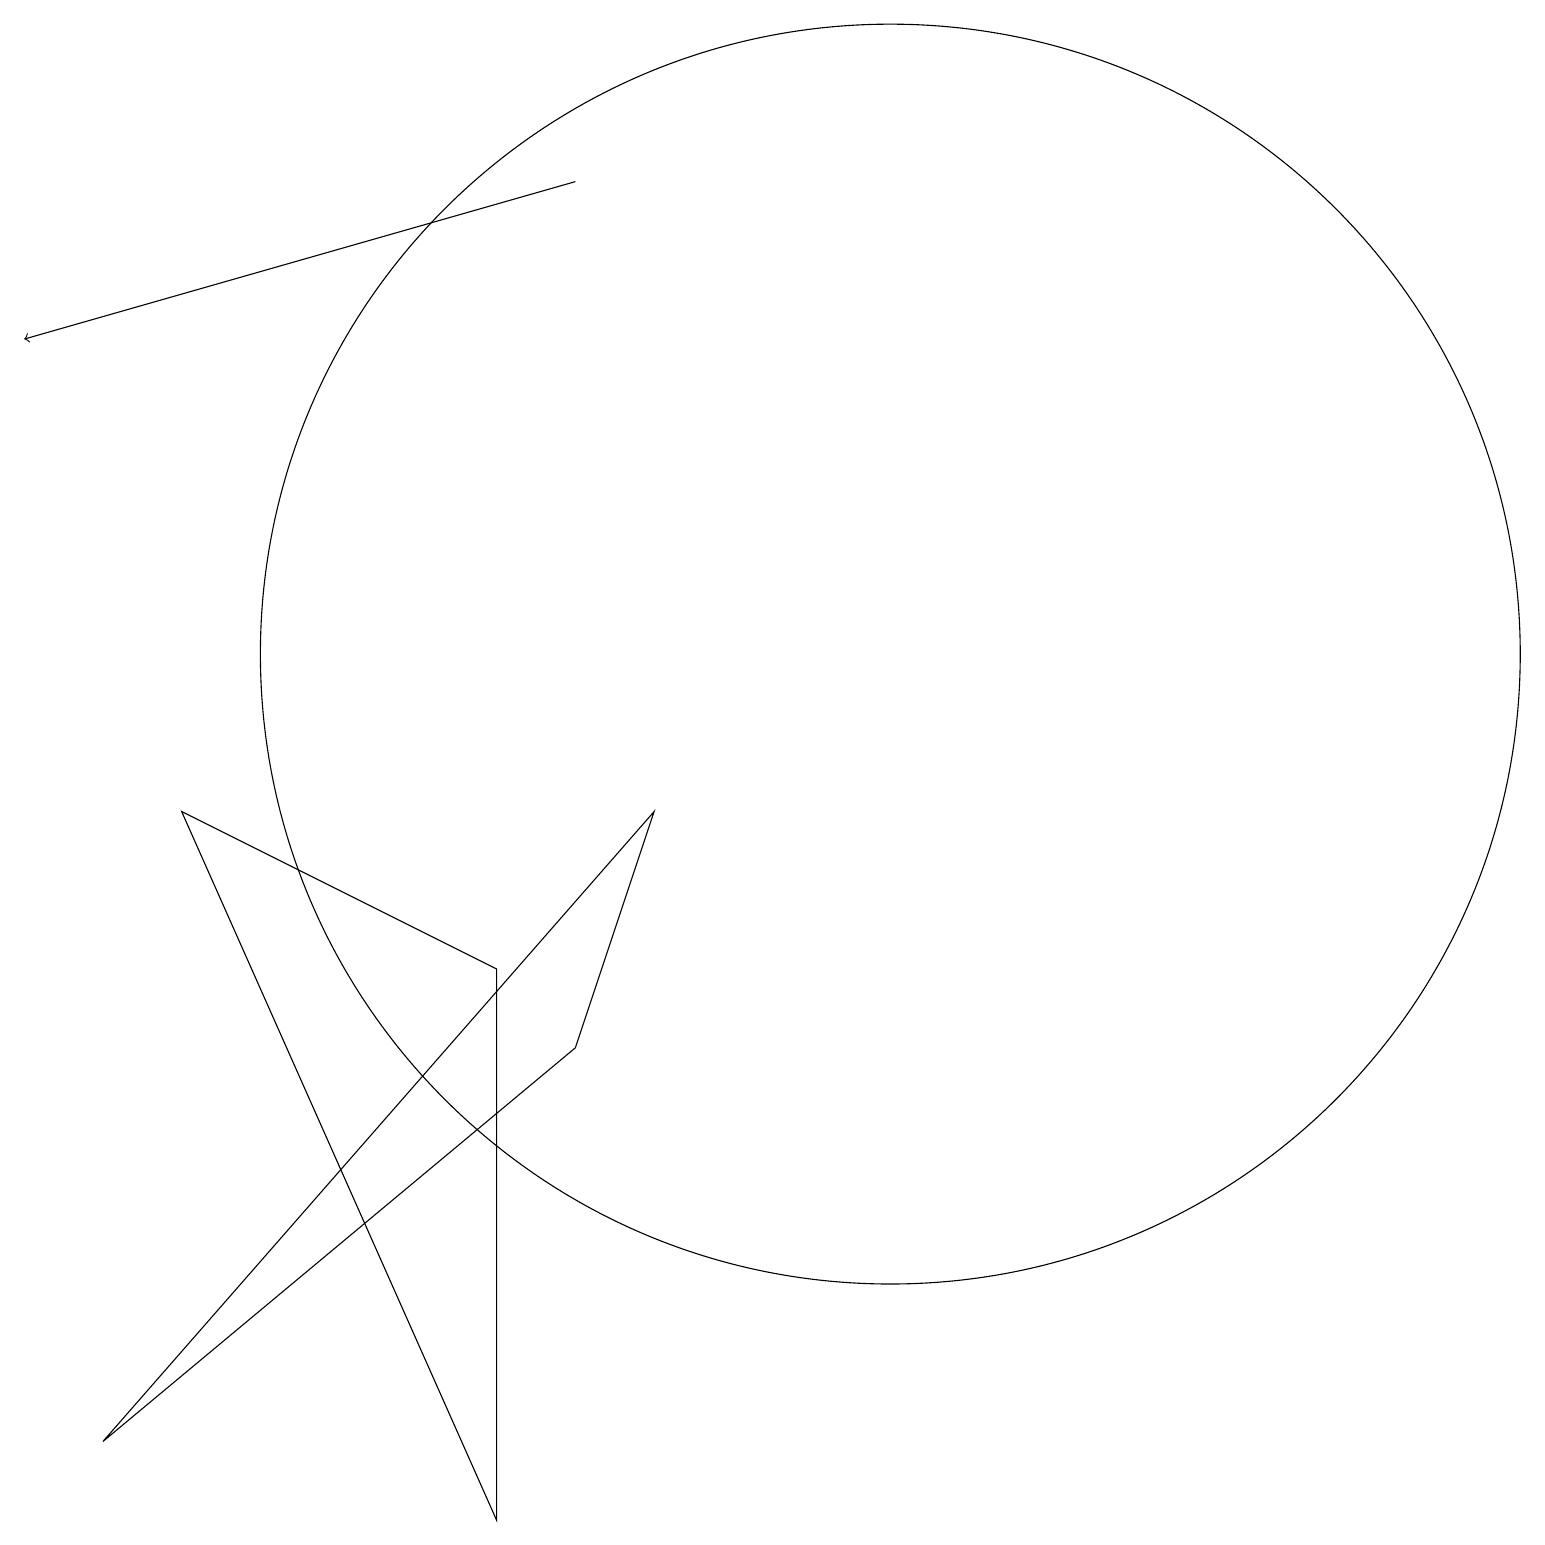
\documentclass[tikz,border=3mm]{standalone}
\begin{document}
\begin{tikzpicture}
\draw (3,9) -- (7,7) -- (7,0) -- cycle;
\draw (12,11) circle (8);
\draw (2,1) -- (8,6) -- (9,9) -- cycle;
\draw[->] (8,17) -- (1,15);
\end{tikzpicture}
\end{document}